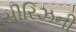
સીરિઝની